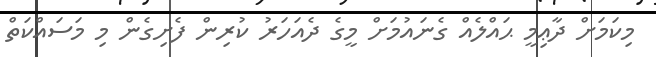
މިކަމަށް ދާޢިމީ ޙައްލެއް ގެނައުމަށް މީގެ ދެއަހަރު ކުރިން ފެށިގެން މި މަސައްކަތް